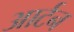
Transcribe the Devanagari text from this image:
आर्टन